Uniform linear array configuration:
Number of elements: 8
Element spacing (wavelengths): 0.5
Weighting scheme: exponential
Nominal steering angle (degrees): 30
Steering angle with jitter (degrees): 29.89
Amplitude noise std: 0.05
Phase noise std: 0.05

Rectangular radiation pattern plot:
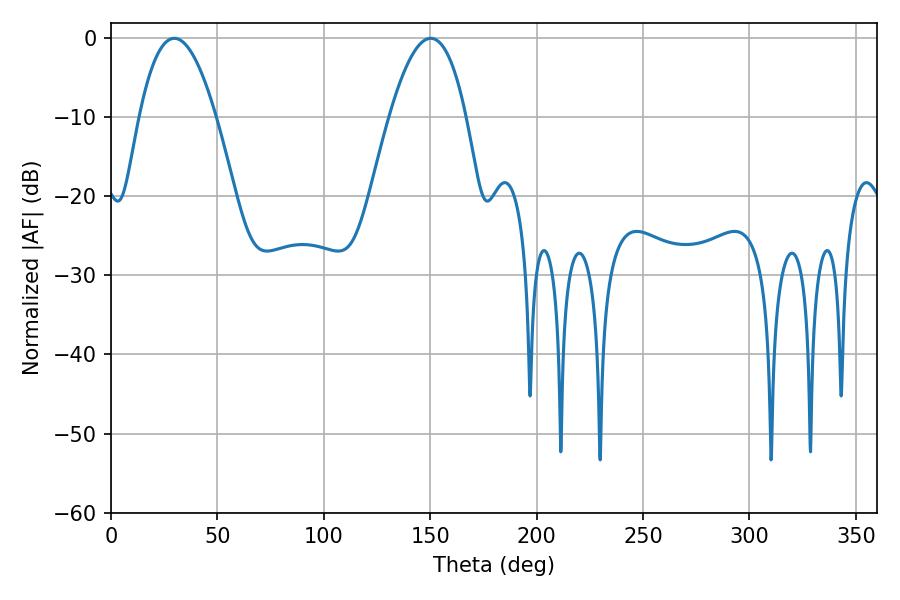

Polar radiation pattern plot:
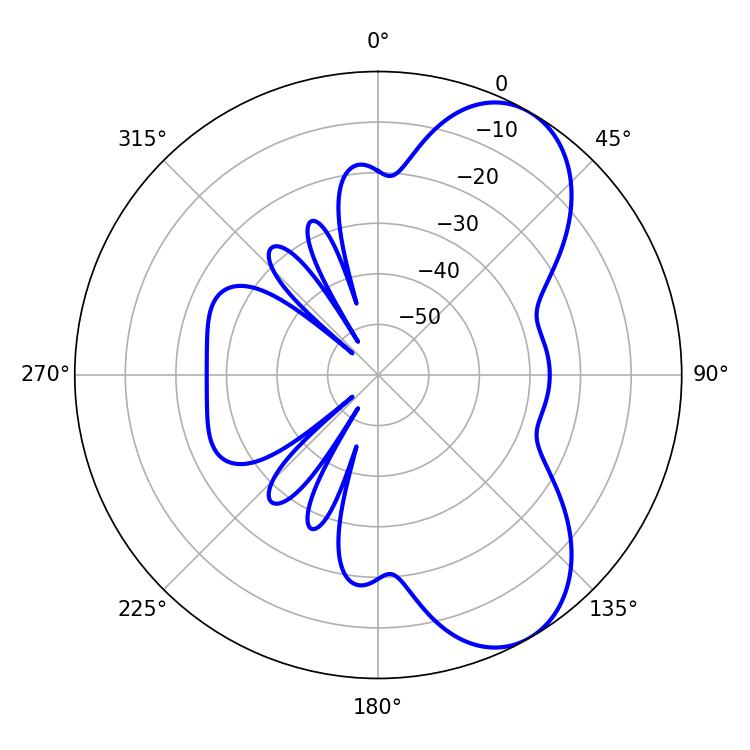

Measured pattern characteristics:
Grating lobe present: FALSE
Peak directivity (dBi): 7.279
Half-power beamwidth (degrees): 19.8
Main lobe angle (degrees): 29.7